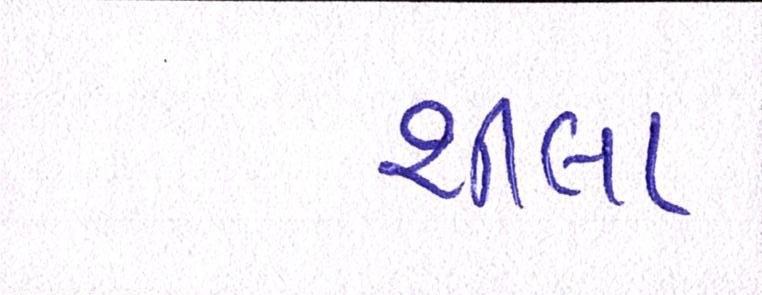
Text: શીલા